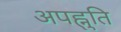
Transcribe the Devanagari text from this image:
अपह्नुति